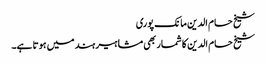
شیخ حسام الدین مانک پوری
شیخ حسام الدین کا شمار بھی مشاہیر ہند میں ہوتا ہے۔